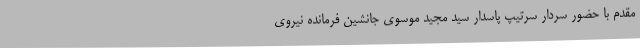
مقدم با حضور سردار سرتیپ پاسدار سید مجید موسوی جانشین فرمانده نیروی